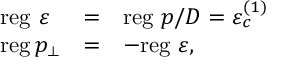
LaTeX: \begin{array} { l l l } { { \mathrm { r e g } \, \, \varepsilon } } & { { = } } & { { \mathrm { r e g } \, \, p / D = \varepsilon _ { c } ^ { ( 1 ) } } } \\ { { \mathrm { r e g \, } p _ { \perp } } } & { { = } } & { { - \mathrm { r e g } \, \, \varepsilon , } } \end{array}